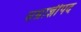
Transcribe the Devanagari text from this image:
सम्राज्ञीपद